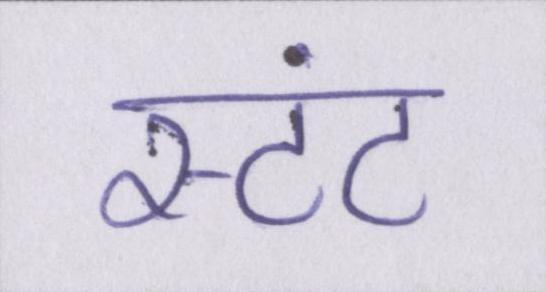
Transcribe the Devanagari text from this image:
स्टंट